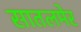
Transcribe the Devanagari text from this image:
सातलमेर